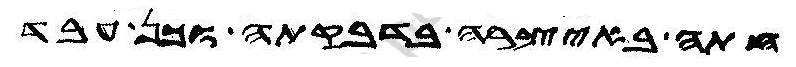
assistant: חתה באיצרה בדבקתה וכן עבד